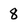
Character: 8